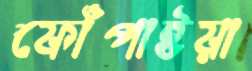
ফোঁপাইয়া